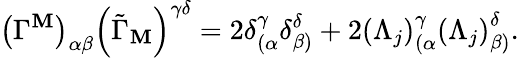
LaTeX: \left(\Gamma^{\mathbf{M}}\right)_{\alpha\beta}\left(\tilde{{\Gamma}}_{\mathbf{M}}\right)^{\gamma\delta}=2\delta_{(\alpha}^{\gamma}\delta_{\beta)}^{\delta}+2\left(\Lambda_{j}\right)_{(\alpha}^{\gamma}\left(\Lambda_{j}\right)_{\beta)}^{\delta}.